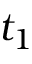
t _ { 1 }